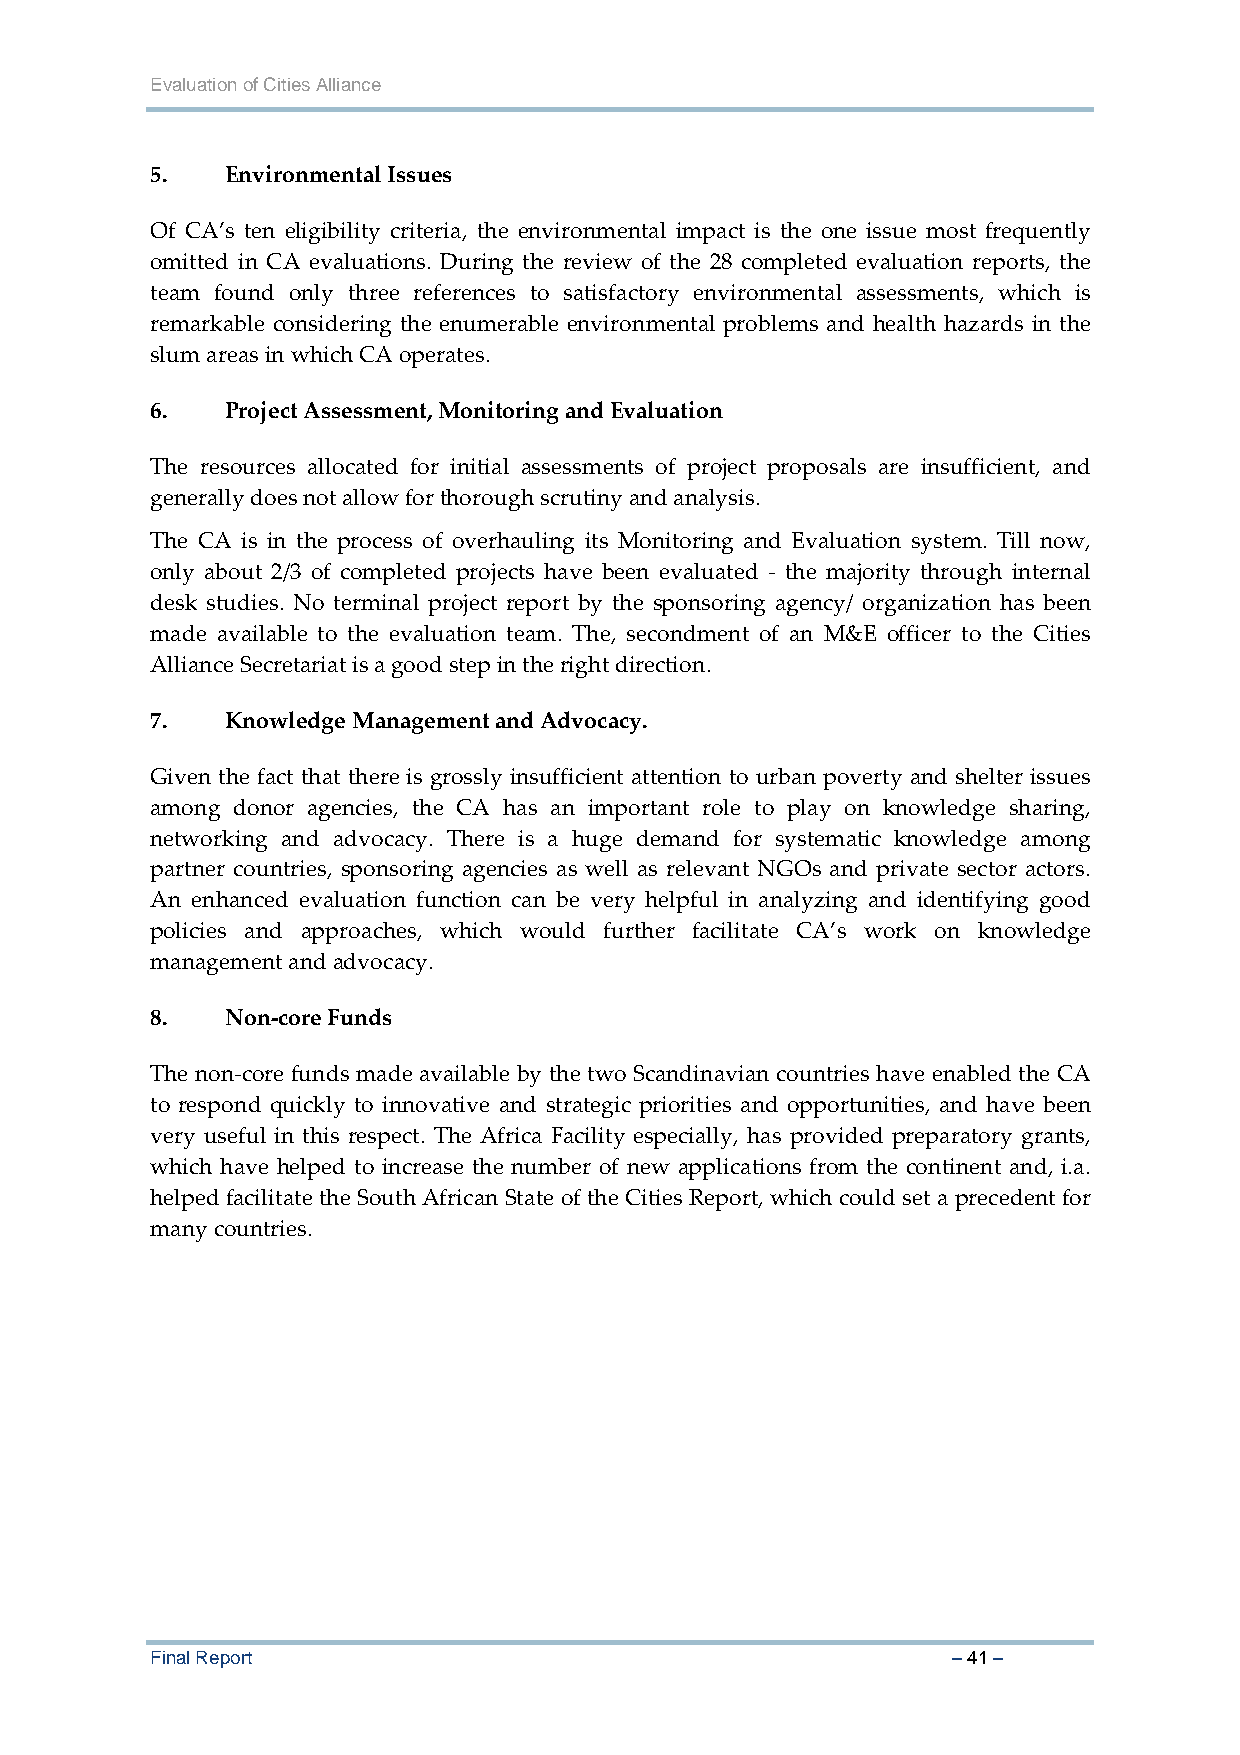
Evaluation of Cities Alliance
 5.   Environmental Issues
 Of CA’s ten eligibility criteria, the environmental impact is the one issue most frequently
 omitted in CA evaluations. During the review of the 28 completed evaluation reports, the
 team found only three references to satisfactory environmental assessments, which is
 remarkable considering the enumerable environmental problems and health hazards in the
 slum areas in which CA operates.
 6.   Project Assessment, Monitoring and Evaluation
 The resources allocated for initial assessments of project proposals are insufficient, and
 generally does not allow for thorough scrutiny and analysis.
 The CA is in the process of overhauling its Monitoring and Evaluation system. Till now,
 only about 2/3 of completed projects have been evaluated ‐ the majority through internal
 desk studies. No terminal project report by the sponsoring agency/ organization has been
 made available to the evaluation team. The, secondment of an M&E officer to the Cities
 Alliance Secretariat is a good step in the right direction.
 7.   Knowledge Management and Advocacy.
 Given the fact that there is grossly insufficient attention to urban poverty and shelter issues
 among donor agencies, the CA has an important role to play on knowledge sharing,
 networking and advocacy. There is a huge demand for systematic knowledge among
 partner countries, sponsoring agencies as well as relevant NGOs and private sector actors.
 An enhanced evaluation function can be very helpful in analyzing and identifying good
 policies and approaches, which would further facilitate CA’s work on knowledge
 management and advocacy.
 8.   Non‐core Funds
 The non‐core funds made available by the two Scandinavian countries have enabled the CA
 to respond quickly to innovative and strategic priorities and opportunities, and have been
 very useful in this respect. The Africa Facility especially, has provided preparatory grants,
 which have helped to increase the number of new applications from the continent and, i.a.
 helped facilitate the South African State of the Cities Report, which could set a precedent for
 many countries.
 Final Report                                         – 41 –